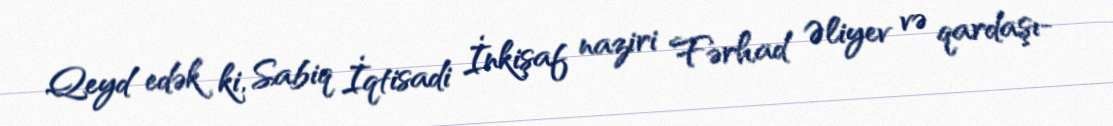
Qeyd edək ki, Sabiq İqtisadi İnkişaf naziri Fərhad Əliyev və qardaşı-